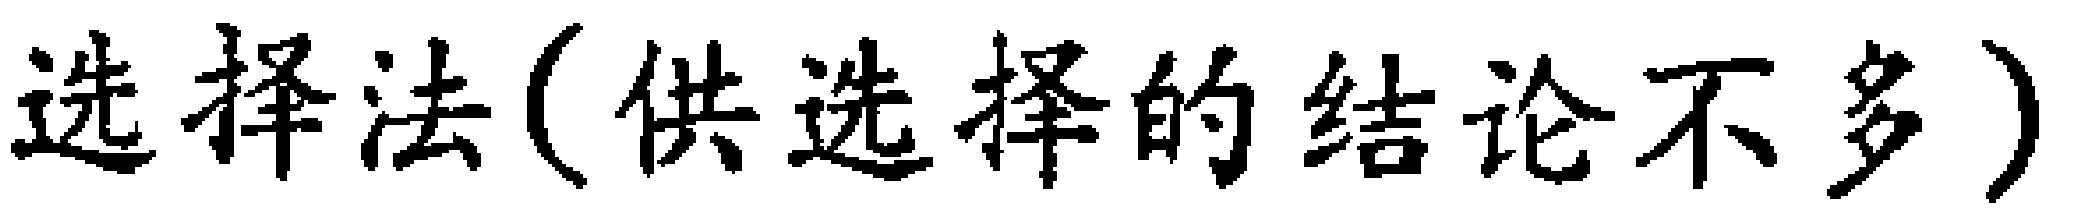
选择法(供选择的结论不多)